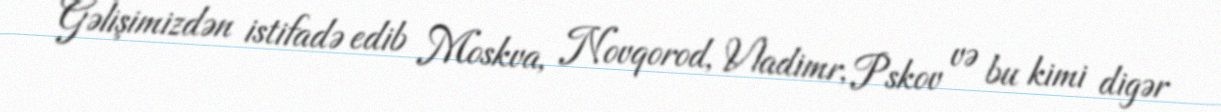
Gəlişimizdən istifadə edib Moskva, Novqorod, Vladimr, Pskov və bu kimi digər